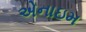
એનાઇમ